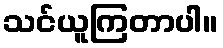
သင်ယူကြတာပါ။